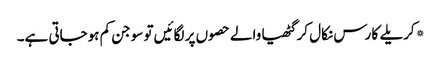
*کریلے کا رس نکال کر گٹھیا والے حصوں پر لگائیں تو سوجن کم ہوجاتی ہے۔